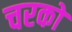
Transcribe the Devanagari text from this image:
चरको